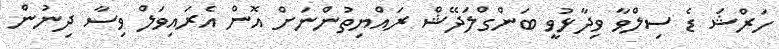
ހަރްޝަ ޑެ ސިލްވާ ވިދާޅުވީ ބަންގްލަދޭޝް ރައްޔިތުންނަށް އޮން އެރައިވަލް ވިސާ ދިނުން